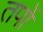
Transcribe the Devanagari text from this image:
तपों